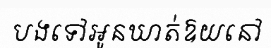
បងទៅអូនឃាត់ឱយនៅ